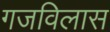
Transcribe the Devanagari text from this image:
गजविलास